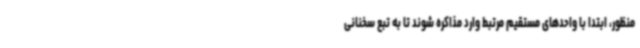
منظور، ابتدا با واحدهای مستقیم مرتبط وارد مذاکره شوند تا به تبع سخنانی